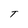
Character: T